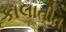
કાલાતીત